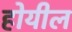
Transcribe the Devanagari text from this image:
होयील